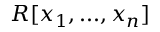
R [ x _ { 1 } , . . . , x _ { n } ]